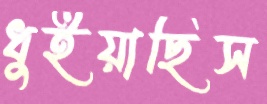
ধুইয়াছিস